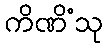
ကိဏိံသု